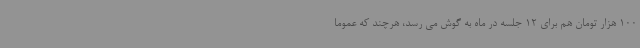
100 هزار تومان هم برای 12 جلسه در ماه به گوش می رسد، هرچند که عموما